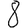
Digit: 8